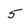
Character: 5